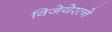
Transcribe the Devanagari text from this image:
विजेयेरत्ने